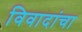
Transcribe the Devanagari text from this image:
विवादांचा